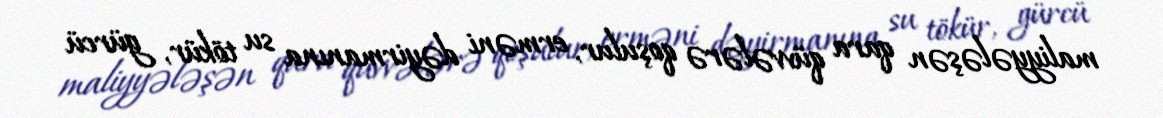
maliyyələşən qara qüvvələrə qoşulur, erməni dəyirmanına su tökür, gürcü